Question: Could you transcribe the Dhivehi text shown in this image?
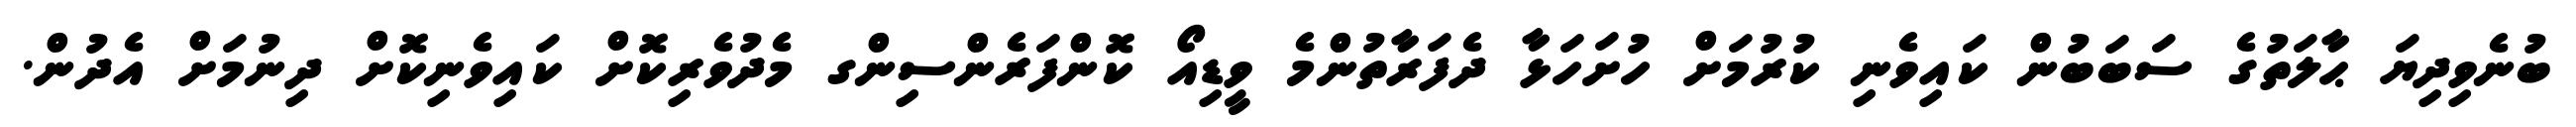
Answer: ބުނެވިދިޔަ ޙާލަތުގެ ސަބަބުން ކައިވެނި ކުރުމަށް ހުށަހަޅާ ދެފަރާތުންމެ ވީޑިއޯ ކޮންފަރެންސިންގ މެދުވެރިކޮށް ކައިވެނިކޮށް ދިނުމަށް އެދުން.